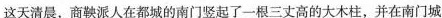
这天清晨，商鞅派人在都城的南门竖起了一根三丈高的大木柱，并在南门城